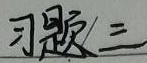
习题三